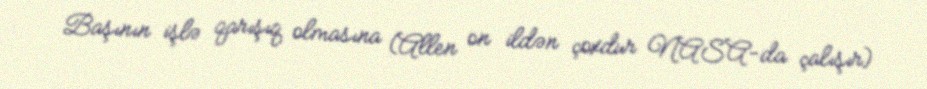
Başının işlə qarışıq olmasına (Allen on ildən çoxdur NASA-da çalışır)